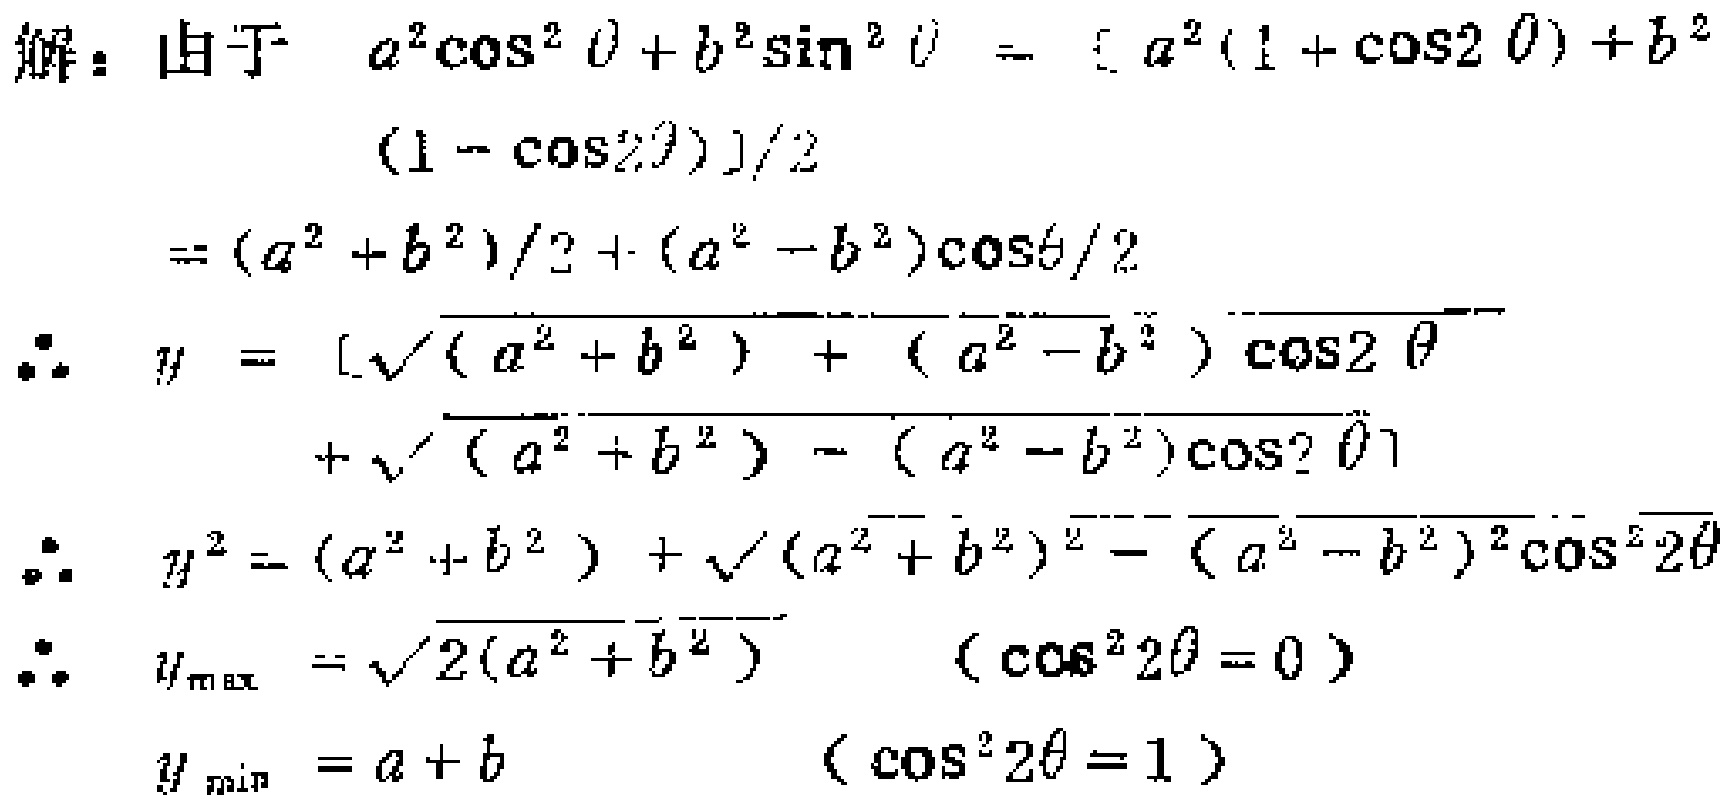
解：由于
\[
\begin{align*}
a^{2}\cos^{2}\theta + b^{2}\sin^{2}\theta&=\frac{a^{2}(1 + \cos2\theta)+b^{2}(1 - \cos2\theta)}{2}\\
&=\frac{(a^{2}+b^{2})+(a^{2}-b^{2})\cos2\theta}{2}
\end{align*}
\]
\[
\begin{align*}
\therefore y&=\sqrt{(a^{2}+b^{2})+(a^{2}-b^{2})\cos2\theta}+\sqrt{(a^{2}+b^{2})-(a^{2}-b^{2})\cos2\theta}\\
\therefore y^{2}&=(a^{2}+b^{2})+\sqrt{(a^{2}+b^{2})^{2}-(a^{2}-b^{2})^{2}\cos^{2}2\theta}\\
\therefore y_{\max}&=\sqrt{2(a^{2}+b^{2})}\quad(\cos^{2}2\theta = 0)\\
y_{\min}&=a + b\quad(\cos^{2}2\theta = 1)
\end{align*}
\]